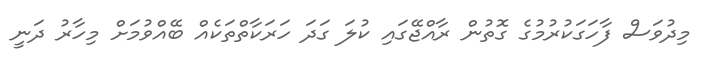
މިދުވަސް ފާހަގަކުރުމުގެ ގޮތުން ރާއްޖޭގައި ކުލަ ގަދަ ހަރަކާތްތަކެއް ބޭއްވުމަށް މިހާރު ދަނީ